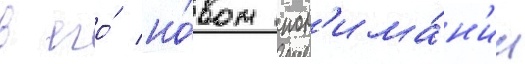
в его́ но́вом пон'има́н'ии